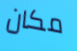
مكان